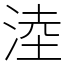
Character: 淕